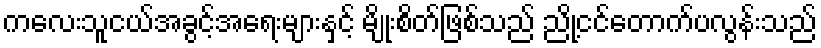
ကလေးသူငယ်အခွင့်အရေးများနှင့် မျိုးစိတ်ဖြစ်သည် ညို့ငင်တောက်ပလွန်းသည်